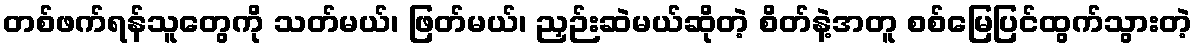
တစ်ဖက်ရန်သူတွေကို သတ်မယ်၊ ဖြတ်မယ်၊ ညှဉ်းဆဲမယ်ဆိုတဲ့ စိတ်နဲ့အတူ စစ်မြေပြင်ထွက်သွားတဲ့